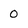
Character: 0